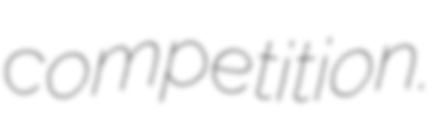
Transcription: competition.